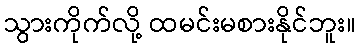
သွားကိုက်လို့ ထမင်းမစားနိုင်ဘူး။